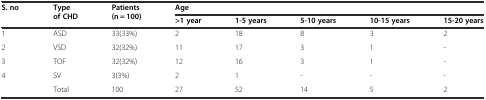
| <ROWSPAN=2> S. no | <ROWSPAN=2> Type of CHD | <ROWSPAN=2> Patients (n = 100) | <COLSPAN=5> Age |
 | >1 year | 1-5 years | 5-10 years | 10-15 years | 15-20 years |
 | --- | --- | --- | --- | --- | --- | --- | --- |
 | 1 | ASD | 33(33%) | 2 | 18 | 8 | 3 | 2 |
 | 2 | VSD | 32(32%) | 11 | 17 | 3 | 1 | - |
 | 3 | TOF | 32(32%) | 12 | 16 | 3 | 1 | - |
 | 4 | SV | 3(3%) | 2 | 1 | - | - | - |
 |  | Total | 100 | 27 | 52 | 14 | 5 | 2 |